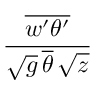
\frac { \overline { { w ^ { \prime } \theta ^ { \prime } } } } { \sqrt { g } \, \overline { { \theta } } \, \sqrt { z } }